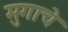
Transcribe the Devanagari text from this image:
मुगाचे